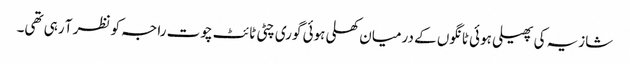
شازیہ کی پھیلی ہوئی ٹانگوں کے درمیان کھلی ہوئی گوری چٹی ٹائٹ چوت راجہ کو نظر آ رہی تھی۔